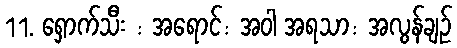
11. ရှောက်သီး : အရောင်: အဝါ အရသာ: အလွန်ချဉ်